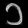
Digit: ၁